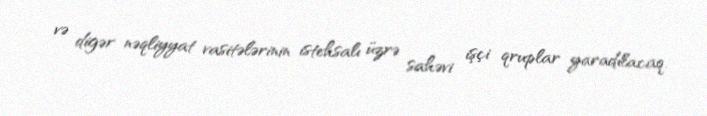
və digər nəqliyyat vasitələrinin istehsalı üzrə sahəvi işçi qruplar yaradılacaq.